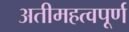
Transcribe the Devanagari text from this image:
अतीमहत्वपूर्ण